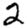
Digit: 2